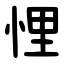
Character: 悝